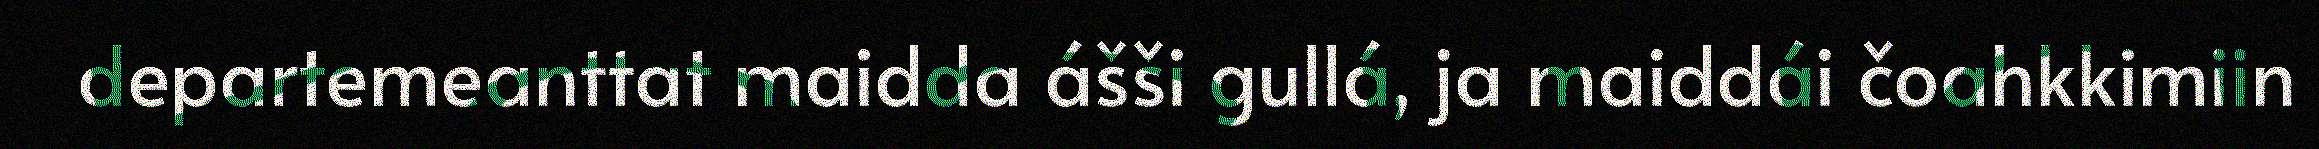
departemeanttat maidda ášši gullá, ja maiddái čoahkkimiin